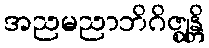
အညမညာဘိဂိဇ္ဈန္တိ